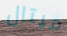
ميتال